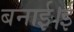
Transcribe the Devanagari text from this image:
बनाई।ई